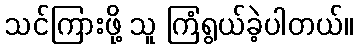
သင်ကြားဖို့ သူ ကြံရွယ်ခဲ့ပါတယ်။